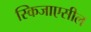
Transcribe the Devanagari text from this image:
स्किजाएसील